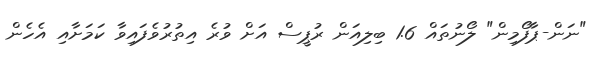
"ނަން-ޕާފޯމިން" ލޯނުތައް 1.6 ބިލިއަން ރުޕީސް އަށް ވުރެ އިތުރުވެފައިވާ ކަމަށާއި އެހެން